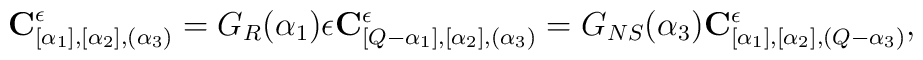
{\bf C}_{[\alpha _1],[\alpha _2],(\alpha _3)}^\epsilon =G_{R}(\alpha _1)\epsilon {\bf C}^\epsilon _{[Q-\alpha _1],[\alpha _2],(\alpha _3)}=G_{NS}(\alpha _3){\bf C}^\epsilon _{[\alpha _1],[\alpha _2],(Q-\alpha _3)},